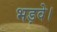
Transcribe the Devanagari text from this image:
भड़वे।